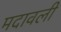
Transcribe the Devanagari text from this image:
मदावली